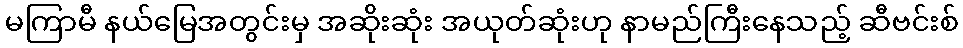
မကြာမီ နယ်မြေအတွင်းမှ အဆိုးဆုံး အယုတ်ဆုံးဟု နာမည်ကြီးနေသည့် ဆီဗင်းစ်